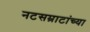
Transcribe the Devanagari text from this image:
नटसम्राटांच्या